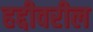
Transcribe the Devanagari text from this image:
हद्दीवरील